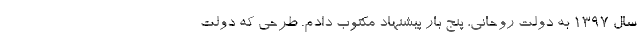
سال ۱۳۹۷ به دولت روحانی، پنج بار پیشنهاد مکتوب دادم. طرحی که دولت